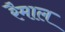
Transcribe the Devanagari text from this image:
रैमाल